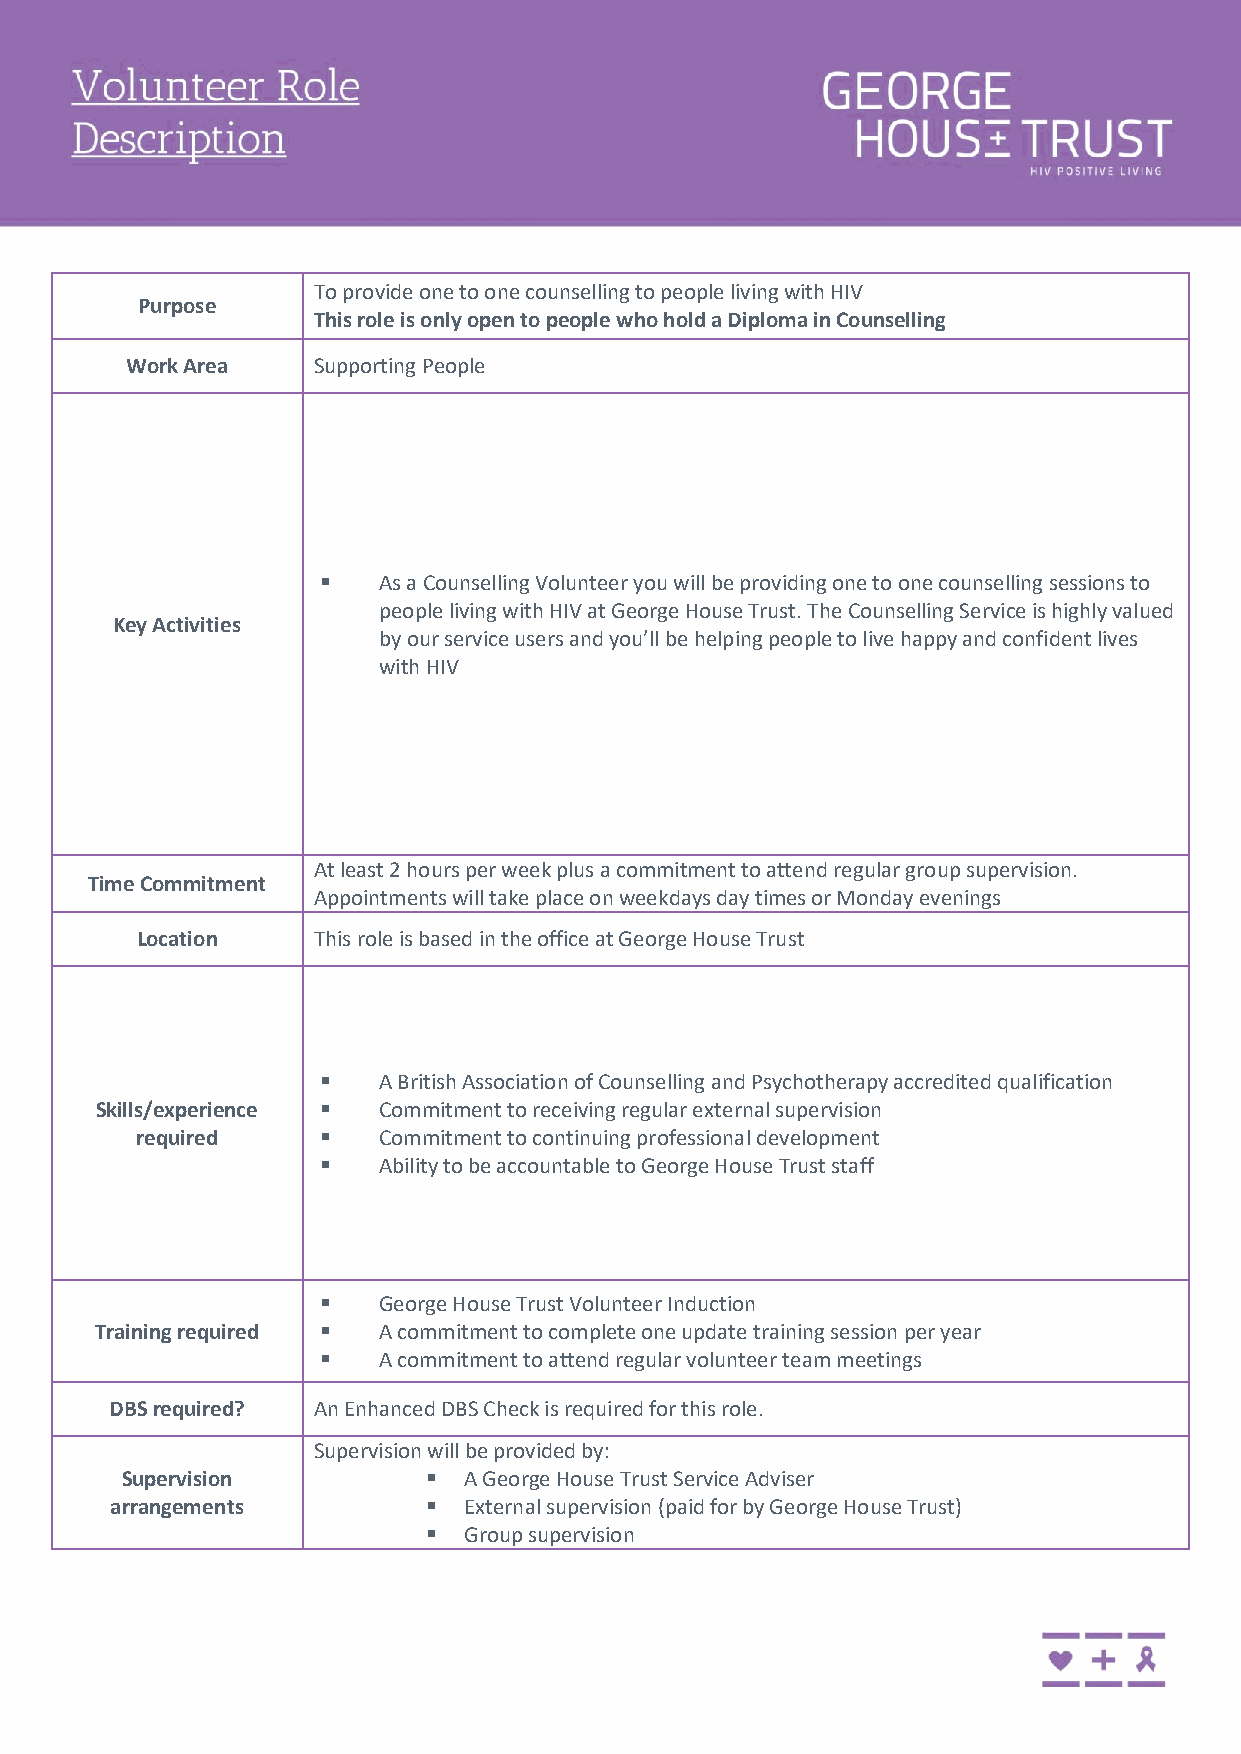
To provide one to one counselling to people living with HIV
 Purpose
 This role is only open to people who hold a Diploma in Counselling
 Work Area    Supporting People
 ▪   As a Counselling Volunteer you will be providing one to one counselling sessions to
 people living with HIV at George House Trust. The Counselling Service is highly valued
 Key Activities
 by our service users and you’ll be helping people to live happy and confident lives
 with HIV
 At least 2 hours per week plus a commitment to attend regular group supervision.
 Time Commitment
 Appointments will take place on weekdays day times or Monday evenings
 Location    This role is based in the office at George House Trust
 ▪   A British Association of Counselling and Psychotherapy accredited qualification
 Skills/experience ▪ Commitment to receiving regular external supervision
 required    ▪   Commitment to continuing professional development
 ▪   Ability to be accountable to George House Trust staff
 ▪   George House Trust Volunteer Induction
 Training required ▪ A commitment to complete one update training session per year
 ▪   A commitment to attend regular volunteer team meetings
 DBS required? An Enhanced DBS Check is required for this role.
 Supervision will be provided by:
 Supervision         ▪  A George House Trust Service Adviser
 arrangements         ▪  External supervision (paid for by George House Trust)
 ▪  Group supervision